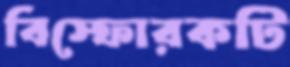
বিস্ফোরকটি